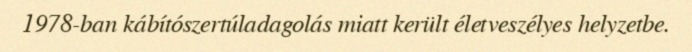
1978-ban kábítószertúladagolás miatt került életveszélyes helyzetbe.